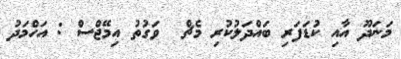
މަނަދޫ އާއި ކުޑަފަރި ބައްދަލުކުރި މެޗް  ވަގުތު އިމޭޖްސް : އަހްމަދު